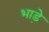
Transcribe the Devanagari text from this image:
भाडे़